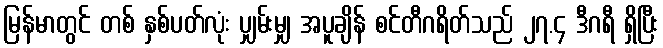
မြန်မာတွင် တစ် နှစ်ပတ်လုံး ပျှမ်းမျှ အပူချိန် စင်တီဂရိတ်သည် ၂၇.၄ ဒီဂရီ ရှိပြီး